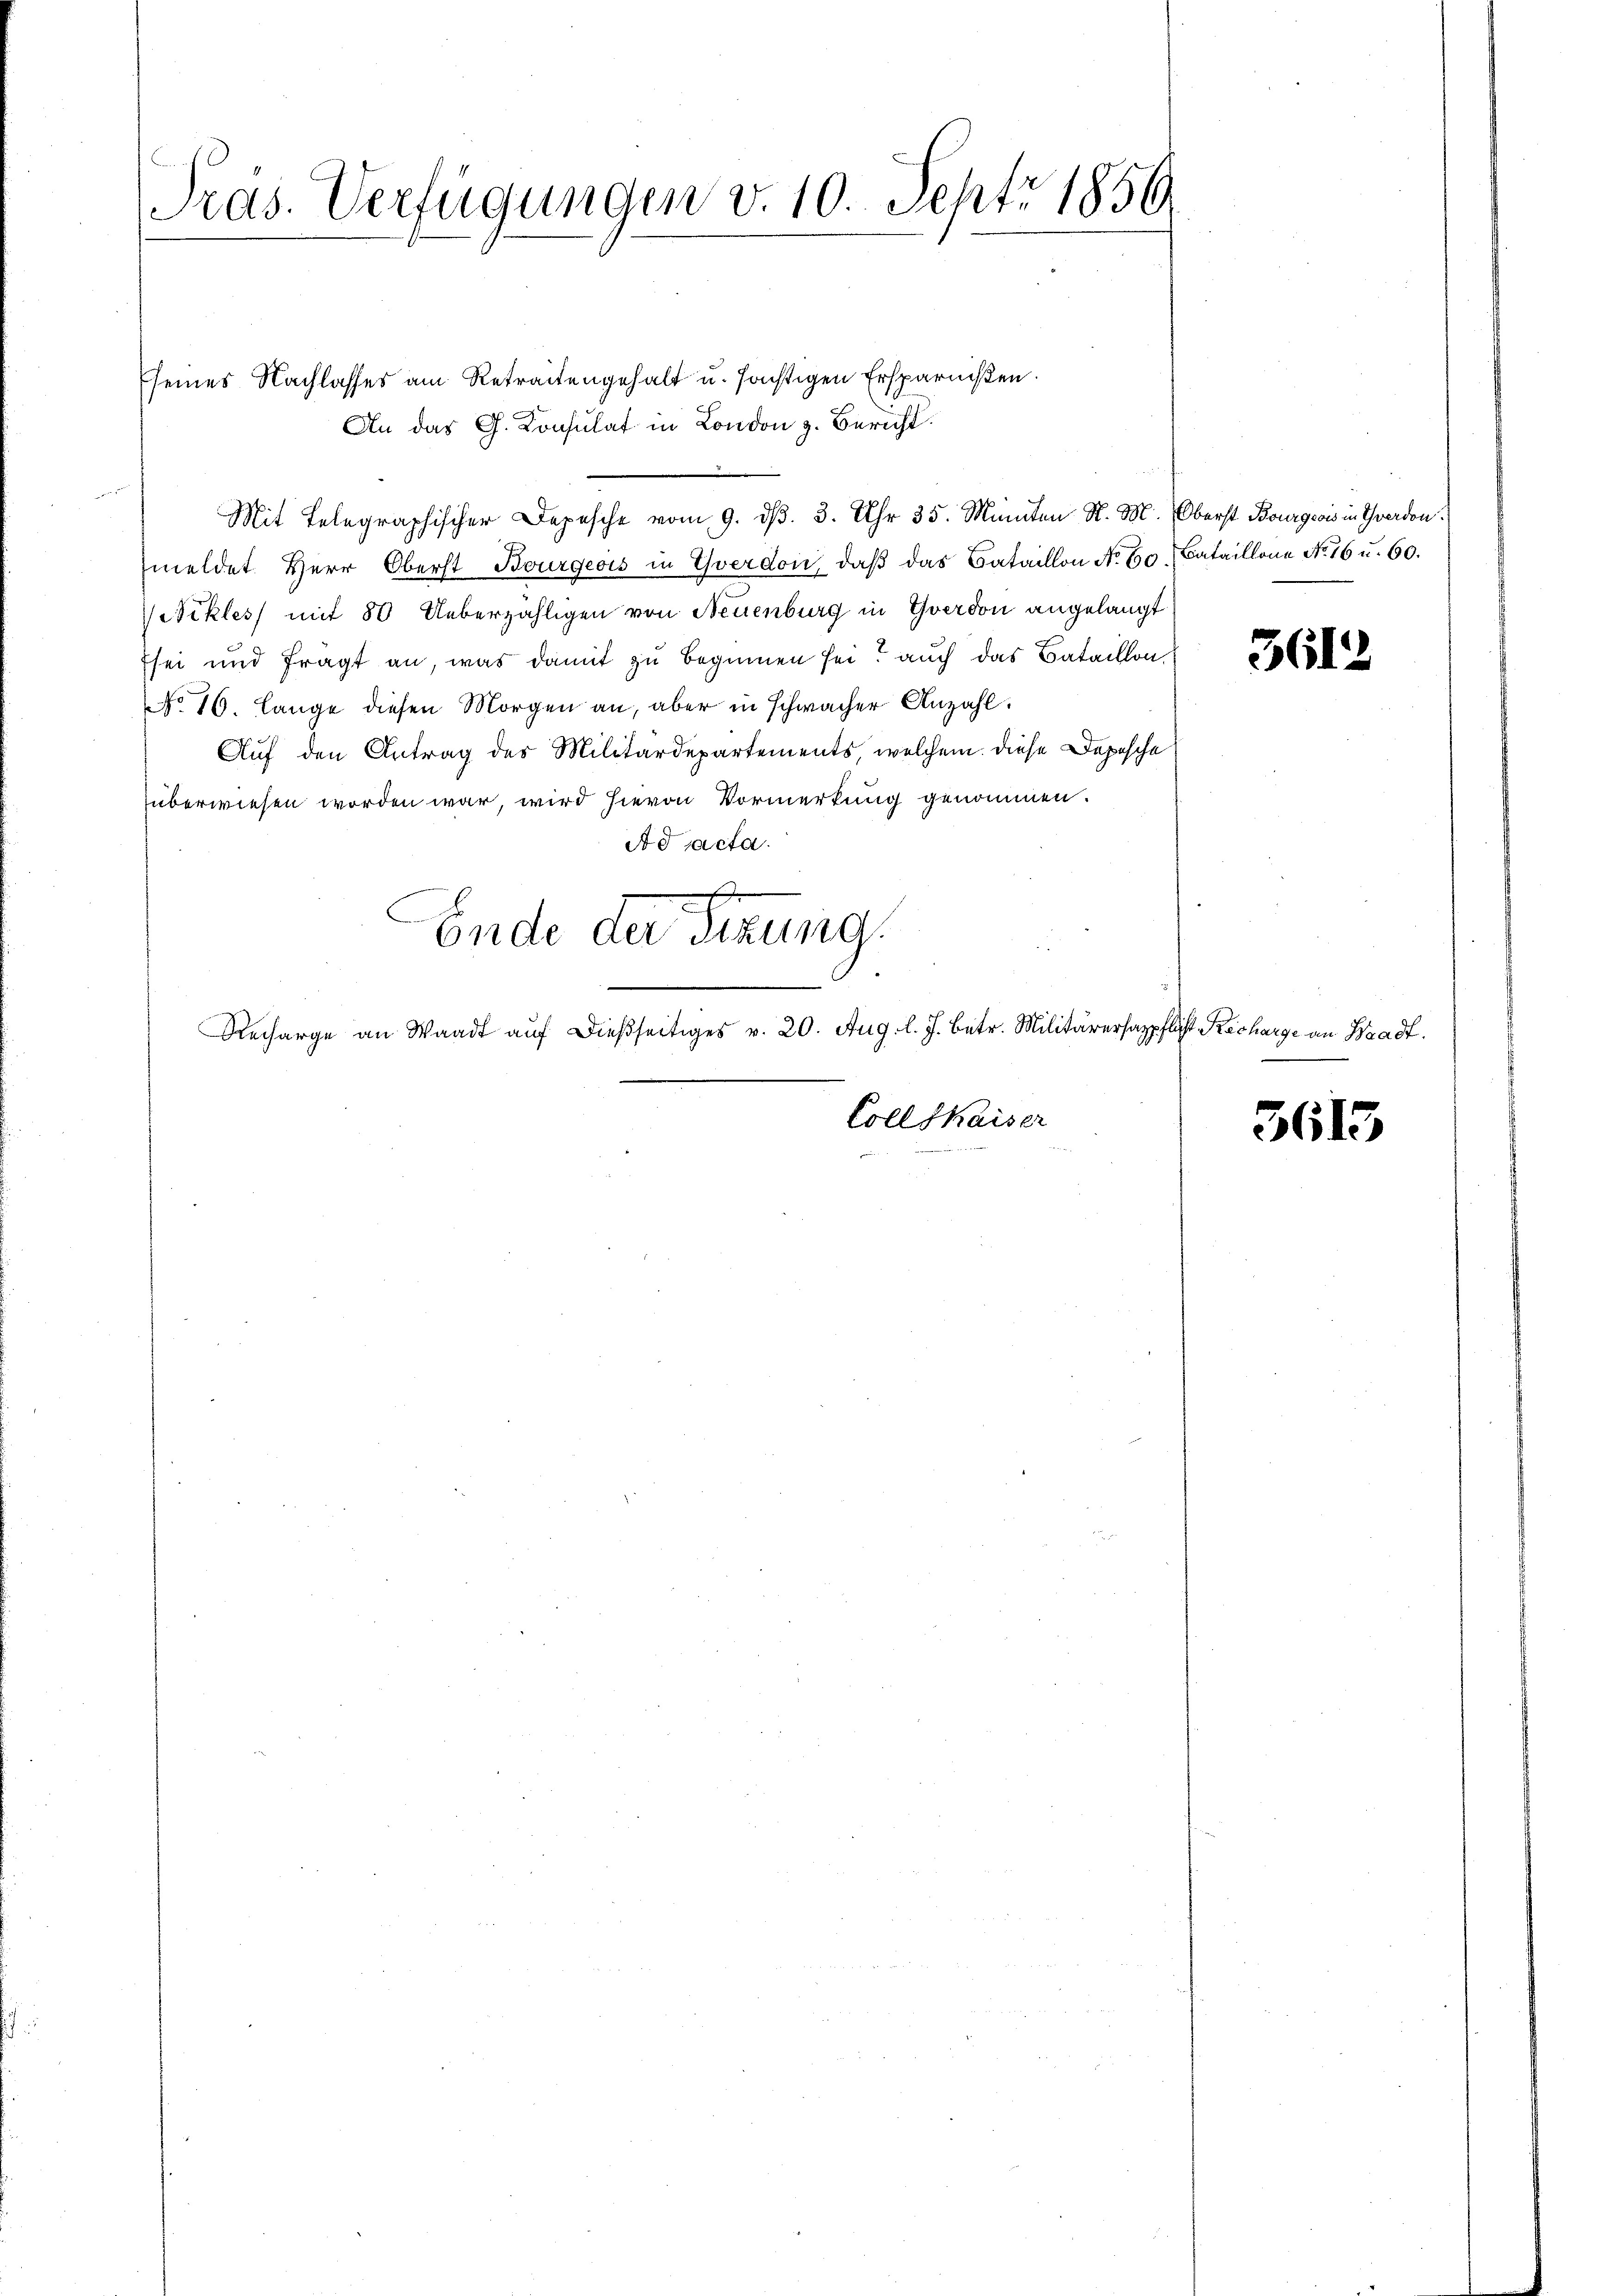
Pras. Verfügungen v. 10. Sept. 1856

seines Nachlasses am Retraitengehalt u. sichtigen Ersparnißen.
An das G. Konsulat in London z. Bericht.
Mit Telegraphischer Depesche vom 9. dβ. 3. Uhr 35. Manten N. M. Oberst Bourgeois in Therden.
meldet Herr Oberst Bourgeois in Yverdon, daß das Bataillon No 60. Bataillone No 16 u. 60.
tikles mit 80 Ueberzähligen von Neuenburg in Yverdon angelangt
sei und frägt an, was damit zu beginnen sei? auch das Bataillon,
No 16. Lange diesen Morgen an, aber in schwacher Anzahl.
Auf den Antrag des Militärdepartements, welchem diese Depesche
überwiesen worden war, wird hievon Vormerkung genommen.
Ad Acta.
Ende der Sitzung.
1
Recharge an Waadt aŭf dießseitiges v. 20. Aug. l. J. betr. Militärersazpflicht Recharge an Waadt.

Coll Kaiser

3612

3613